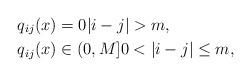
LaTeX: \begin{align*}q_{ij}(x) &=0 |i-j|>m, \\q_{ij}(x) &\in (0,M] 0<|i-j|\leq m,\end{align*}